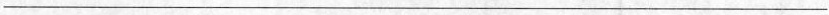
___